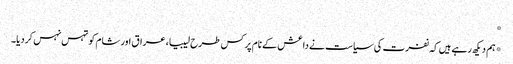
*
*ہم دیکھ رہے ہیں کہ نفرت کی سیاست نے داعش کے نام پر کس طرح لیبیا، عراق اور شام کو تہس نہس کردیا۔